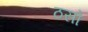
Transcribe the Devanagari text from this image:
ठसो